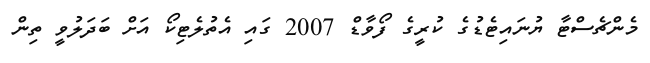
މެންޗެސްޓާ ޔުނައިޓެޑުގެ ކުރީގެ ފޯވާޑް 2007 ގައި އެތުލެޓިކޯ އަށް ބަދަލުވީ ތިން